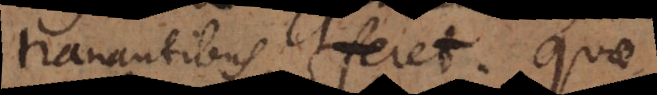
e tranantibus, feret. Quae